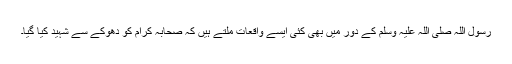
رسول اللہ صلی اللہ علیہ وسلم کے دور میں بھی کئی ایسے واقعات ملتے ہیں کہ صحابہ کرامؓ کو دھوکے سے شہید کیا گیا۔